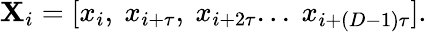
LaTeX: \mathbf{X}_{i}=[x_{i},~x_{i+\tau},~x_{i+2\tau}...~x_{i+(D-1)\tau}].